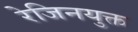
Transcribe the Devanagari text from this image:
रेजिनयुक्त